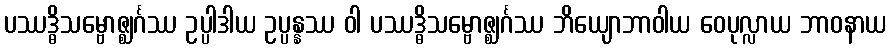
ပဿဒ္ဓိသမ္ဗောဇ္ဈင်္ဂဿ ဥပ္ပါဒါယ ဥပ္ပန္နဿ ဝါ ပဿဒ္ဓိသမ္ဗောဇ္ဈင်္ဂဿ ဘိယျောဘာဝါယ ဝေပုလ္လာယ ဘာဝနာယ